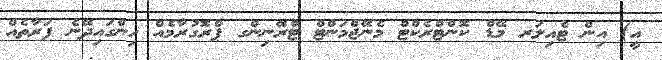
އީ) އިން ޓެއިލަރ މޭޑް ކޮންޓްރެކްޓް މެނޭޖްމަންޓް ޓްރޭނިންގ ޕްރޮގުރާމެއް ހިންގައިދޭނެ ފަރާތެއް